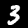
Label: 3